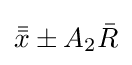
{\bar {\bar {x}}}\pm A_{2}{\bar {R}}